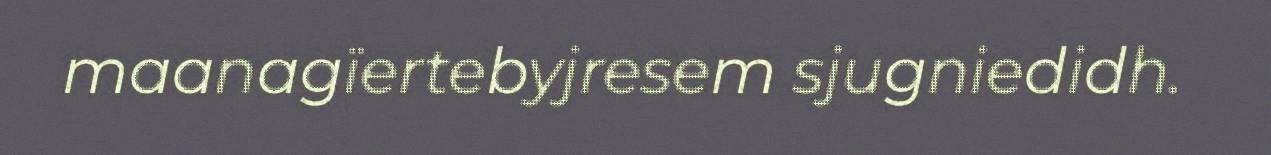
maanagïertebyjresem sjugniedidh.